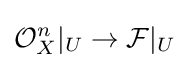
{\mathcal {O}}_{X}^{n}|_{U}\to {\mathcal {F}}|_{U}